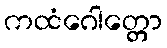
ကထံဂေါတ္တော